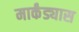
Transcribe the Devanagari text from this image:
मार्कंड्यास